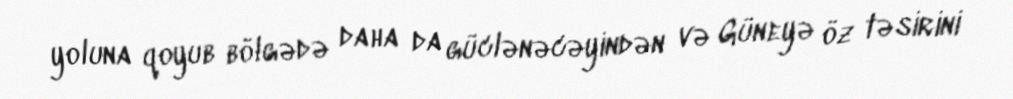
yoluna qoyub bölgədə daha da güclənəcəyindən və Güneyə öz təsirini